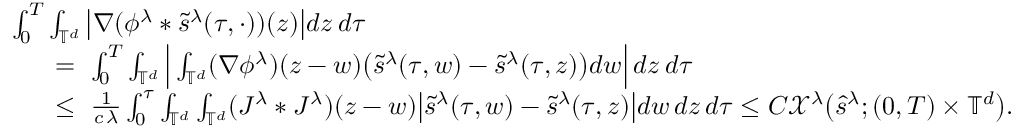
\begin{array} { r l } & { \ \int _ { 0 } ^ { T } \int _ { \mathbb { T } ^ { d } } \big | \nabla ( \phi ^ { \lambda } * \tilde { s } ^ { \lambda } ( \tau , \cdot ) ) ( z ) \big | d z \, d \tau } \\ & { \quad \quad = \ \int _ { 0 } ^ { T } \int _ { \mathbb { T } ^ { d } } \Big | \int _ { \mathbb { T } ^ { d } } ( \nabla \phi ^ { \lambda } ) ( z - w ) \big ( \tilde { s } ^ { \lambda } ( \tau , w ) - \tilde { s } ^ { \lambda } ( \tau , z ) \big ) d w \Big | \, d z \, d \tau } \\ & { \quad \quad \leq \ \frac { 1 } { c \, \lambda } \int _ { 0 } ^ { \tau } \int _ { \mathbb { T } ^ { d } } \int _ { \mathbb { T } ^ { d } } ( J ^ { \lambda } * J ^ { \lambda } ) ( z - w ) \big | \tilde { s } ^ { \lambda } ( \tau , w ) - \tilde { s } ^ { \lambda } ( \tau , z ) \big | d w \, d z \, d \tau \leq C \mathcal { X } ^ { \lambda } \big ( \hat { s } ^ { \lambda } ; { ( 0 , T ) \times \mathbb { T } ^ { d } } \big ) . } \end{array}